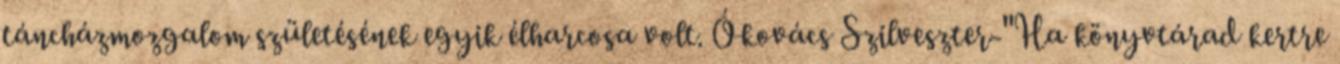
táncházmozgalom születésének egyik élharcosa volt. Ókovács Szilveszter-"Ha könyvtárad kertre